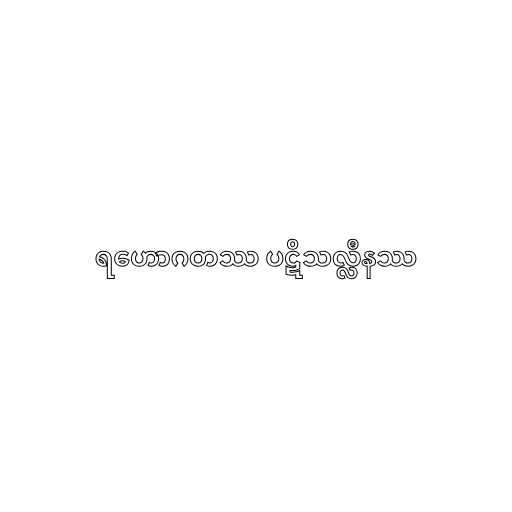
ရဟောဂတဿ ပဋိသလ္လီနဿ